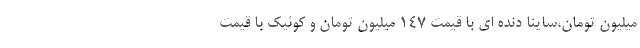
میلیون تومان،ساینا دنده ای با قیمت 147 میلیون تومان و کوئیک با قیمت